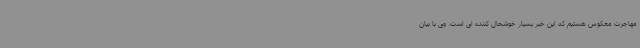
مهاجرت معکوس هستیم که این خبر بسیار خوشحال کننده ای است. وی با بیان